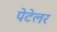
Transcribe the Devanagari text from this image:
पेटेलर